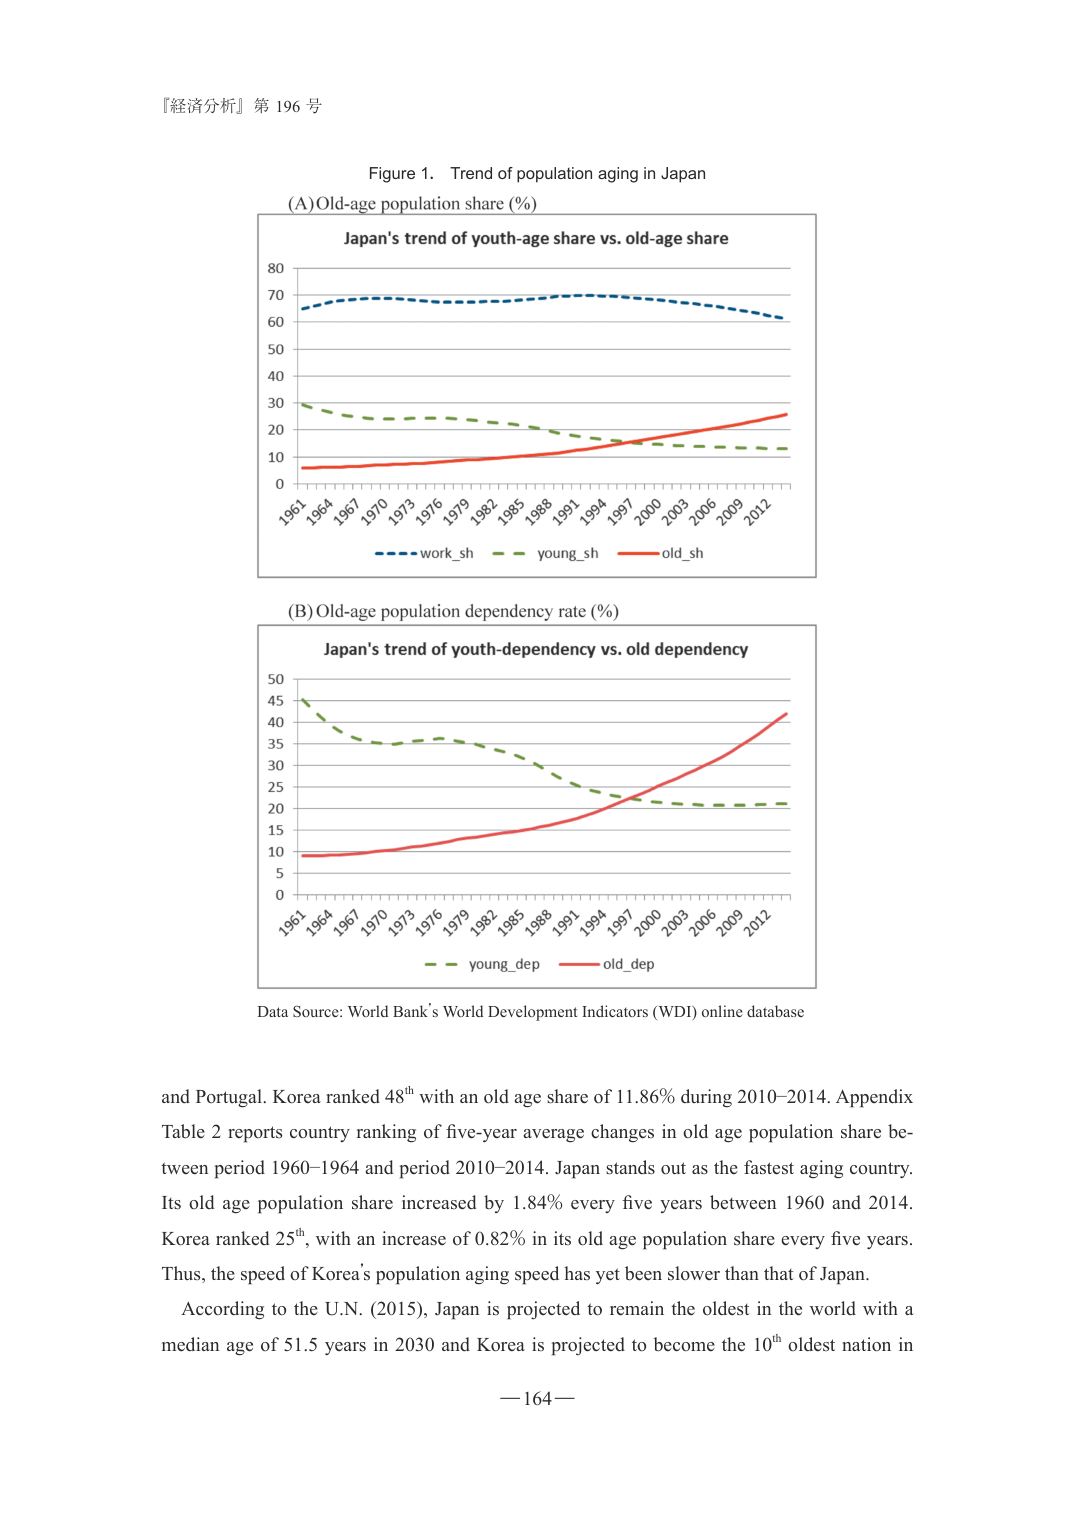
『経済分析』第 196 号

Figure 1. Trend of population aging in Japan

(A) Old-age population share (%)
Japan's trend of youth-age share vs. old-age share
work_sh
young_sh
old_sh
1961 1964 1967 1970 1973 1976 1979 1982 1985 1988 1991 1994 1997 2000 2003 2006 2009 2012
0 10 20 30 40 50 60 70 80

(B) Old-age population dependency rate (%)
Japan's trend of youth-dependency vs. old dependency
young_dep
old_dep
1961 1964 1967 1970 1973 1976 1979 1982 1985 1988 1991 1994 1997 2000 2003 2006 2009 2012
0 5 10 15 20 25 30 35 40 45 50

Data Source: World Bank’s World Development Indicators (WDI) online database

and Portugal. Korea ranked 48th with an old age share of 11.86% during 2010–2014. Appendix Table 2 reports country ranking of five-year average changes in old age population share between period 1960–1964 and period 2010–2014. Japan stands out as the fastest aging country. Its old age population share increased by 1.84% every five years between 1960 and 2014. Korea ranked 25th, with an increase of 0.82% in its old age population share every five years. Thus, the speed of Korea’s population aging speed has yet been slower than that of Japan. According to the U.N. (2015), Japan is projected to remain the oldest in the world with a median age of 51.5 years in 2030 and Korea is projected to become the 10th oldest nation in

— 164 —